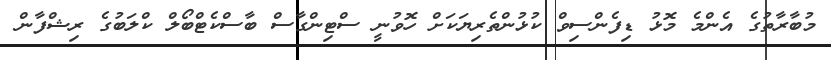
މުބާރާތުގެ އެންމެ މޮޅު ޑިފެންސިވް ކުޅުންތެރިޔަކަށް ހޮވުނީ ސްޓިންގާސް ބާސްކެޓްބޯލް ކްލަބުގެ ރިޝްފާން